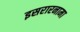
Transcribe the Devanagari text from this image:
इसरारनामा